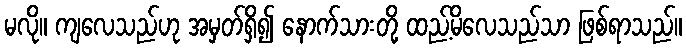
မလို။ ကျလေသည်ဟု အမှတ်ရှိ၍ နောက်သားတို့ ထည့်မိလေသည်သာ ဖြစ်ရာသည်။